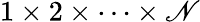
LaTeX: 1\times2\times\cdots\times\mathscr{N}